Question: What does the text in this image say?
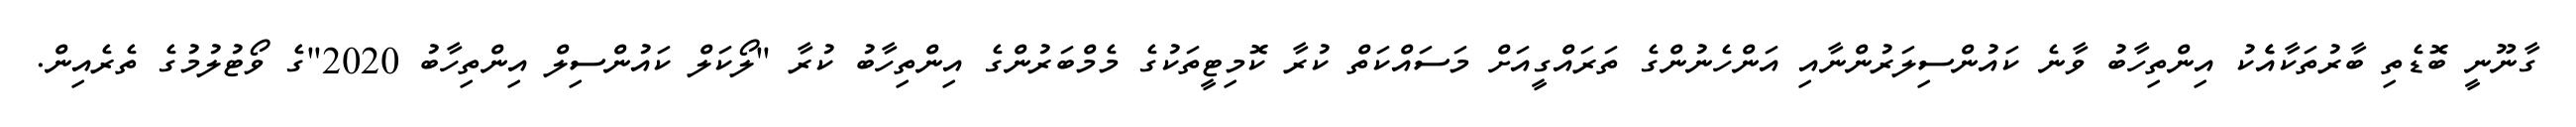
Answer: ގާނޫނީ ބޮޑެތި ބާރުތަކާއެެކު އިންތިހާބު ވާނެ ކައުންސިލަރުންނާއި އަންހެނުންގެ ތަރައްގީއަށް މަސައްކަތް ކުރާ ކޮމިޓީތަކުގެ މެމްބަރުންގެ އިންތިހާބު ކުރާ "ލޯކަލް ކައުންސިލް އިންތިހާބު 2020"ގެ ވޯޓުލުމުގެ ތެރެއިން.